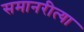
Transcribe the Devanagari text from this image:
समानरीत्या